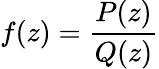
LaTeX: f(z)={\frac{P(z)}{Q(z)}}